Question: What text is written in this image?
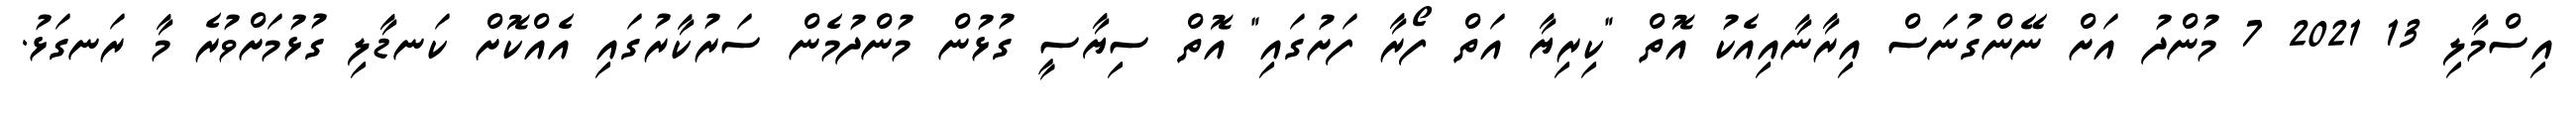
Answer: އިސްމާލި 13 2021 7 މުންދު އަށް ނޭންގުނަސް އިރާނާއިއެކު އޮތް "ކިރިޔާ އަތް ފޯރާ ފަށުގައި" އޮތް ސިޔާސީ ގުޅުން މުންދުމެން ސަރުކާރުގައި އެއްކޮށް ކަނޑާލި ގުޅުމަށްވުރެ މާ ރަނގަޅު.